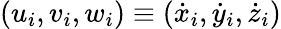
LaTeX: (u_{i},v_{i},w_{i})\equiv(\dot{x}_{i},\dot{y}_{i},\dot{z}_{i})